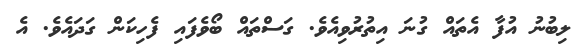
ލިބުނު އުފާ އެތައް ގުނަ އިތުރުވިއެވެ. ގަސްތައް ބޯވެފައި ފެހިކަން ގަދައެވެ. އެ